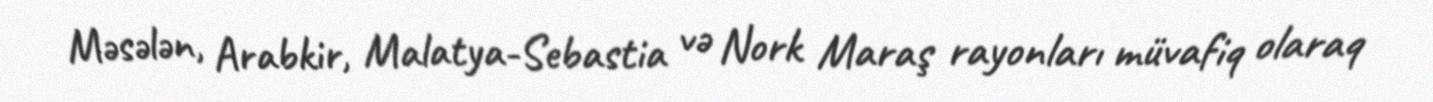
Məsələn, Arabkir, Malatya-Sebastia və Nork Maraş rayonları müvafiq olaraq